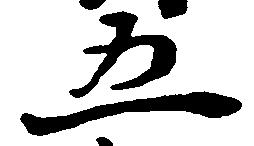
五